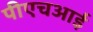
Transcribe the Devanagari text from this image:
पीएचआई